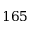
1 6 5